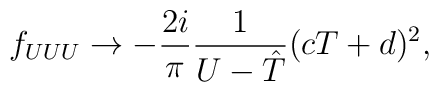
f_{UUU} \rightarrow - \frac{2i}{\pi} \frac{1}{U -{\hat T}}( cT + d)^2,